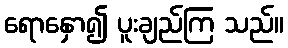
ရောနှော၍ ပူးချည်ကြ သည်။